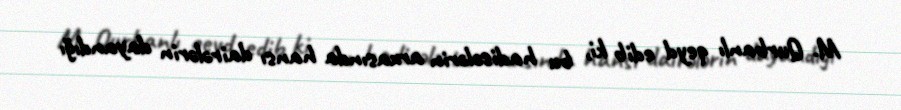
M. Qurbanlı qeyd edib ki, bu hadisələrin arxasında hansı dairələrin dayandığı